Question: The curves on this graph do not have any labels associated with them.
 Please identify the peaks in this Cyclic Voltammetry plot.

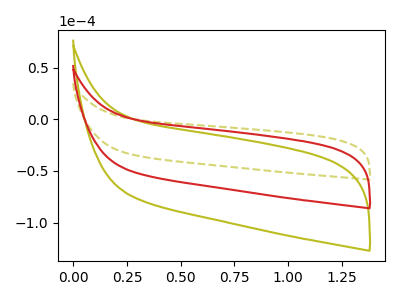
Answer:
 <answer>The olive dashed curve "olive dashed" has no peaks. The olive curve "olive" has no peaks. The red curve "red" has no peaks.</answer>
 <eval></eval>